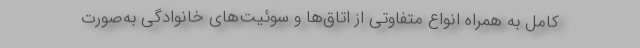
کامل به همراه انواع متفاوتی از اتاق‌ها و سوئیت‌های خانوادگی به‌صورت